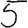
Digit: 5